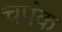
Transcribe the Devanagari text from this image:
चपंक